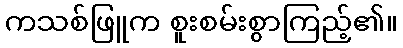
ကသစ်ဖြူက စူးစမ်းစွာကြည့်၏။